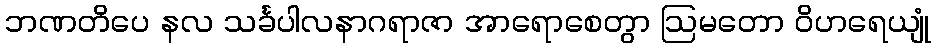
ဘဏတိပေ နလ သင်္ခပါလနာဂရာဇာ အာရောစေတွာ ဩမတော ဝိဟရေယျုံ